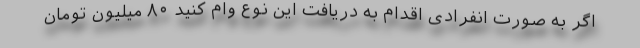
اگر به صورت انفرادی اقدام به دریافت این نوع وام کنید ۸۰ میلیون تومان